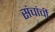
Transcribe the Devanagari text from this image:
संचांची